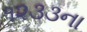
૧૨૩૩ના